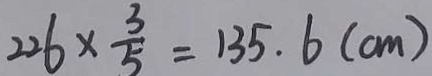
2 2 6 \times \frac { 3 } { 5 } = 1 3 5 . 6 ( c m )